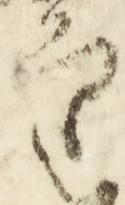
審